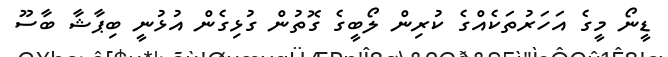
ޑީނޯ މީގެ އަހަރުތަކެއްގެ ކުރިން ލޯބީގެ ގޮތުން ގުޅިގެން އުޅުނީ ބިޕާޝާ ބާސޫ